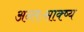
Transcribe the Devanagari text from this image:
अन्तःसाक्ष्य